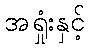
အရှုံးနှင့်